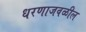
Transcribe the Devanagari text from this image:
धरणाजवळील